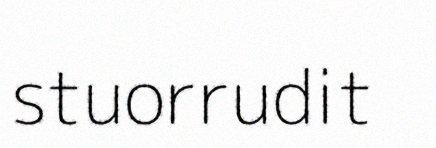
stuorrudit